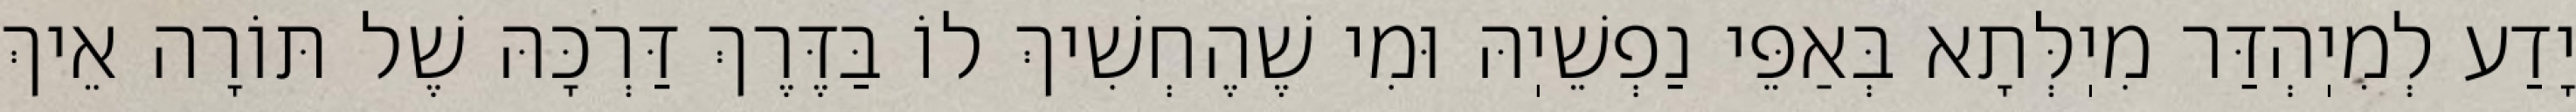
יָדַע לְמִיֽהְדַּר מִיֽלְּתָא בְּאַפֵּי נַפְשֵׁיֽהּ וּמִי שֶׁהֶחְשִׁיךְ לוֹ בַּדֶּרֶךְ דַּרְכָּהּ שֶׁל תּוֹרָה אֵיךְ